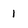
Character: I